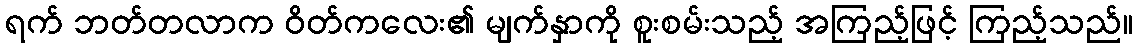
ရက် ဘတ်တလာက ဝိတ်ကလေး၏ မျက်နှာကို စူးစမ်းသည့် အကြည့်ဖြင့် ကြည့်သည်။